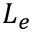
L _ { e }